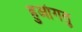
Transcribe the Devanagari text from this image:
हुआंगतु